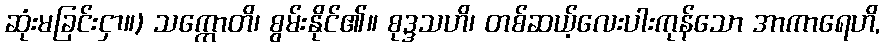
ဆုံးမခြင်းငှာ။) သက္ကောတိ၊ စွမ်းနိုင်၏။ စုဒ္ဒသဟိ၊ တစ်ဆယ့်လေးပါးကုန်သော အာကာရေဟိ,